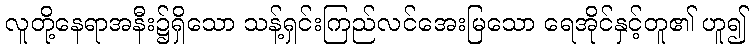
လူတို့နေရာအနီး၌ရှိသော သန့်ရှင်းကြည်လင်အေးမြသော ရေအိုင်နှင့်တူ၏ ဟူ၍